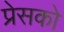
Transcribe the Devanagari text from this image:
प्रेसको